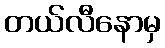
တယ်လီနောမှ